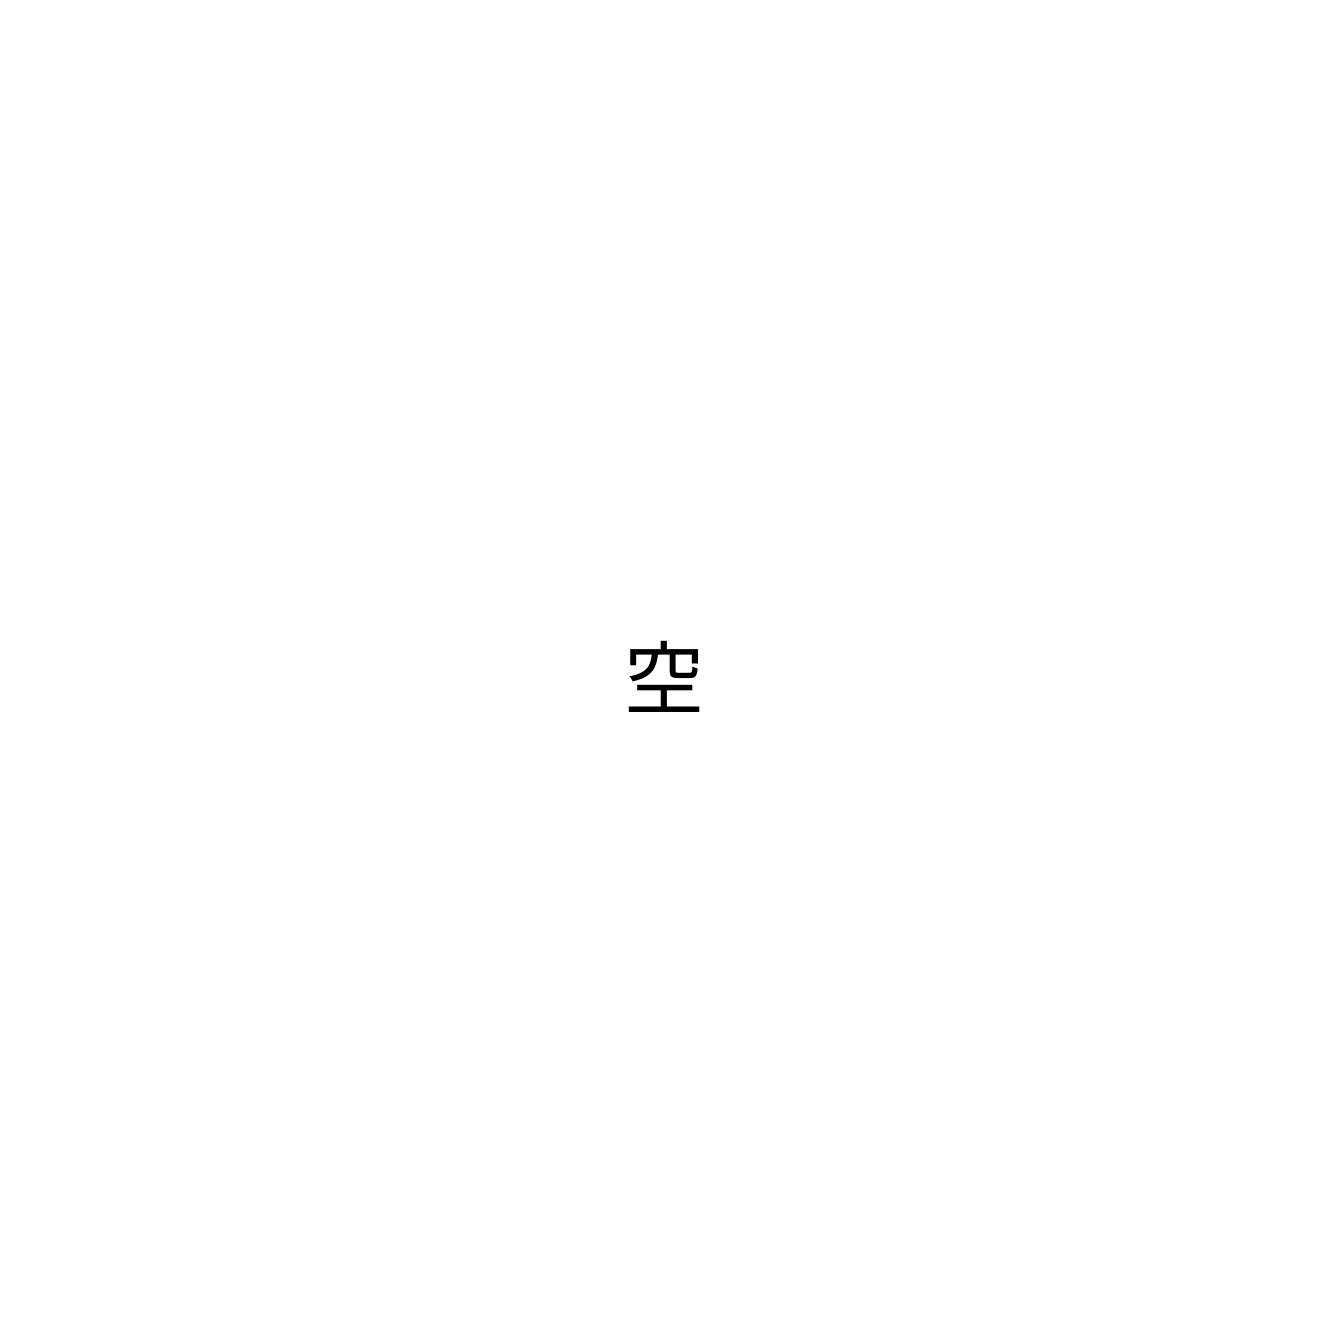
空